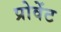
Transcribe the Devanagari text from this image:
प्रोवेंट